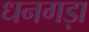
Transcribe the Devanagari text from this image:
धनगड़ा